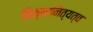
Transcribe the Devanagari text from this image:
नित्यानित्यत्व